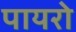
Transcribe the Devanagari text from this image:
पायरो